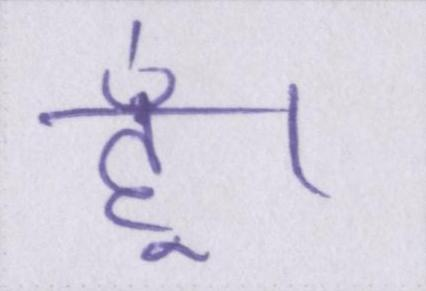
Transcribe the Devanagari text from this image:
हूँ।